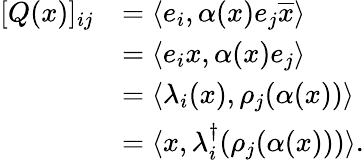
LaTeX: \begin{array}{rl}{[Q(x)]_{ij}}&{=\langle e_{i},\alpha(x)e_{j}\overline{{x}}\rangle}\\ &{=\langle e_{i}x,\alpha(x)e_{j}\rangle}\\ &{=\langle\lambda_{i}(x),\rho_{j}(\alpha(x))\rangle}\\ &{=\langle x,\lambda_{i}^{\dagger}(\rho_{j}(\alpha(x)))\rangle.}\end{array}